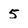
Character: 5